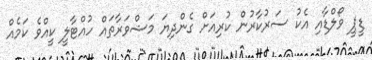
ޑީޕީ ވޯލްޑާއި އެކު ސަރުކާރުން ކުރިއަށް ގެންދިޔަ މަޝްވަރާތައް ހުއްޓާލީ ކީއްވެ ކަމެއް